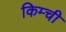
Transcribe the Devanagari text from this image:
किम्ची